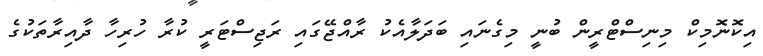
އިކޮނޮމިކް މިނިސްޓްރީން ބުނީ މިގެނައި ބަދަލާއެކު ރާއްޖޭގައި ރަޖިސްޓަރީ ކުރާ ހުރިހާ ދާއިރާތަކުގެ